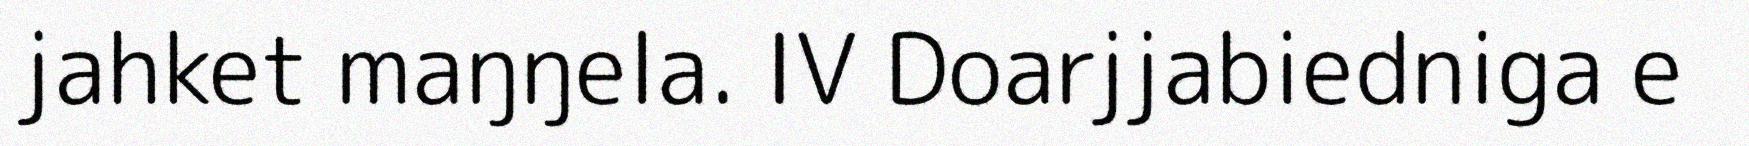
jahket maŋŋela. IV Doarjjabiedniga e